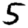
Digit: 5